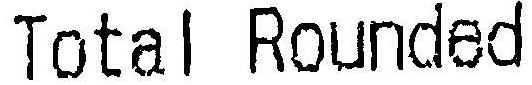
TOTAL ROUNDED